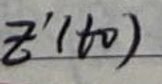
$z^{\prime}(t_0)$